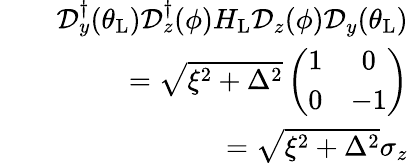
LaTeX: \begin{array}{rlr}&{}&{\mathcal{D}_{y}^{\dagger}(\theta_{\mathrm{L}})\mathcal{D}_{z}^{\dagger}(\phi)H_{\mathrm{L}}\mathcal{D}_{z}(\phi)\mathcal{D}_{y}(\theta_{\mathrm{L}})}\\ &{}&{=\sqrt{\xi^{2}+\Delta^{2}}\left(\begin{array}{cc}{1}&{0}\\ {0}&{-1}\end{array}\right)}\\ &{}&{=\sqrt{\xi^{2}+\Delta^{2}}\sigma_{z}}\end{array}